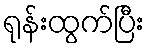
ရုန်းထွက်ပြီး